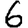
Digit: 6